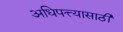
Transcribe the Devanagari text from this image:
अधिपत्त्यासाठी